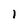
Character: l